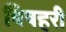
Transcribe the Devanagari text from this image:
बिषहरी